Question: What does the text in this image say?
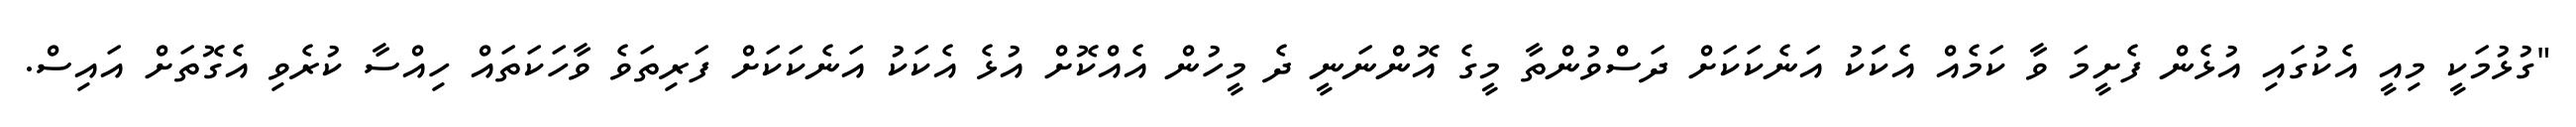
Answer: "ގުޅުމަކީ މިއީ އެކުގައި އުޅެން ފެށީމަ ވާ ކަމެއް އެކަަކު އަނެކަކަށް ދަސްވުންތާ މީގެ އޮންނަނީ ދެ މީހުން އެއްކޮށް އުޅެ އެކަކު އަނެކަކަށް ފަރިތަވެ ވާހަކަތައް ހިއްސާ ކުރެވި އެގޮތަށް އައިސް.